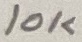
Text: 10K